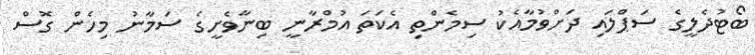
ބޯޓުދެލީގެ ސަޕްލައި ދަށްވުމާއެކު ސިމެންތި އެކަތަ އުމްރާނީ ބިނާވެށީގެ ސަމާނު މިހެން ގޮސް